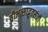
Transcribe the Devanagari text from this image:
वीभत्साद्भुतसंज्ञौ